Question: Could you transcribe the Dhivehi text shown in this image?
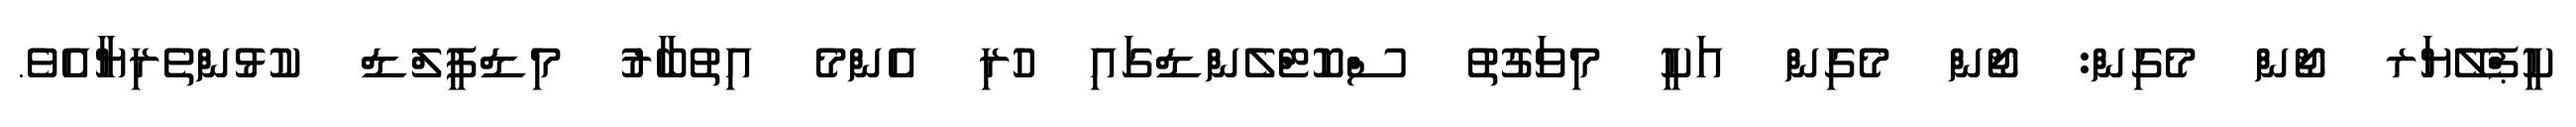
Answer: ކީޕްލޭޔަރ ޖޯން މެގިން: ޖޯން މެގިން އަކީ މިވަގުތު ސްކޮޓްލެންޑްގައި ހުރި އެންމެ އިތުބާރު މިޑްފީލްޑް ކުޅުންތެރިޔާއެވެ.